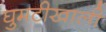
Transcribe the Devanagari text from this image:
घुमटीखाली